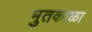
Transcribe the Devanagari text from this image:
भुतकाळा